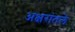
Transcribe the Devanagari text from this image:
अक्षरांतले